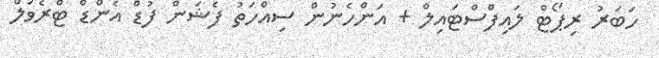
ހަބަރު ރިޕޯޓް ލައިފްސްޓައިލް + އަންހެނުން ސިއްހަތު ފެޝަން ފުޑް އެންޑް ޓްރެވަލް